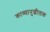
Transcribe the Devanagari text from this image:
काव्यानुशीलक